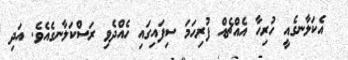
އެކަލާނގެއީ ހުރިހާ އެއްޗެއް ފުރިހަމަ ސިފައިގައި ހެއްދެވި ރަސްކަލާނގެއެވެ. އަދި